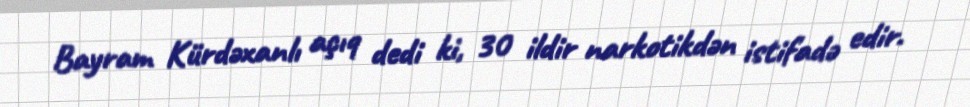
Bayram Kürdəxanlı açıq dedi ki, 30 ildir narkotikdən istifadə edir.